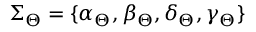
\Sigma _ { \Theta } = \{ \alpha _ { \Theta } , \beta _ { \Theta } , \delta _ { \Theta } , \gamma _ { \Theta } \}